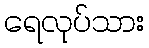
ရေလုပ်သား